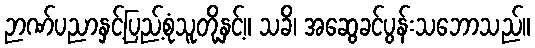
ဉာဏ်ပညာနှင့်ပြည့်စုံသူတို့နှင့်။ သခိ၊ အဆွေခင်ပွန်းသဘောသည်။